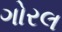
ગોરલ